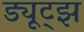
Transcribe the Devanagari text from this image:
ड्यूट्झ